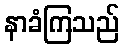
နာခံကြသည်